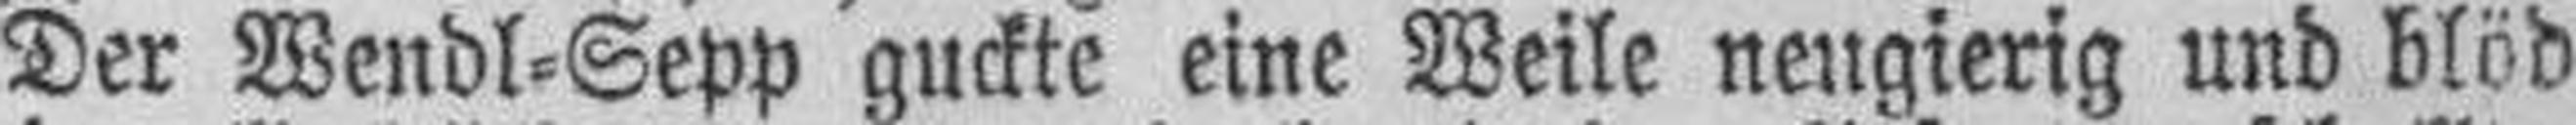
Der Wendl=Sepp guckte eine Weile neugierig und blöd